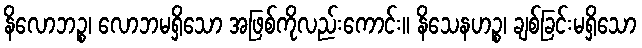
နိလောဘဉ္စ၊ လောဘမရှိသော အဖြစ်ကိုလည်းကောင်း။ နိသေနဟဉ္စ၊ ချစ်ခြင်းမရှိသော